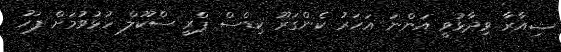
ޝިއާރާ ވިދާޅުވީ އަންނަ އަހަރު ކެންގަރޫ ކިޑްސް ޕްރީ ސްކޫލް ހުޅުވުމަށް ފަހު